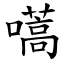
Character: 嚆